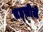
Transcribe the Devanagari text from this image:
तह्सीले